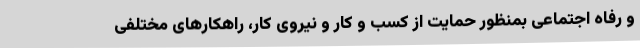
و رفاه اجتماعی بمنظور حمایت از کسب و کار و نیروی کار، راهکارهای مختلفی